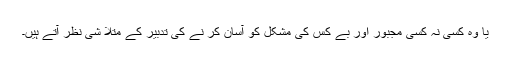
یا وہ کسی نہ کسی مجبور اور بے کس کی مشکل کو آسان کر نے کی تدبیر کے متلا شی نظر آتے ہیں۔